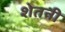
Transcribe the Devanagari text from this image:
शेतनी